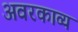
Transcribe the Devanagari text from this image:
अवरकाव्य